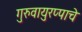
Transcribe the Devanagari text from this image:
गुरुवायुरप्पाचे